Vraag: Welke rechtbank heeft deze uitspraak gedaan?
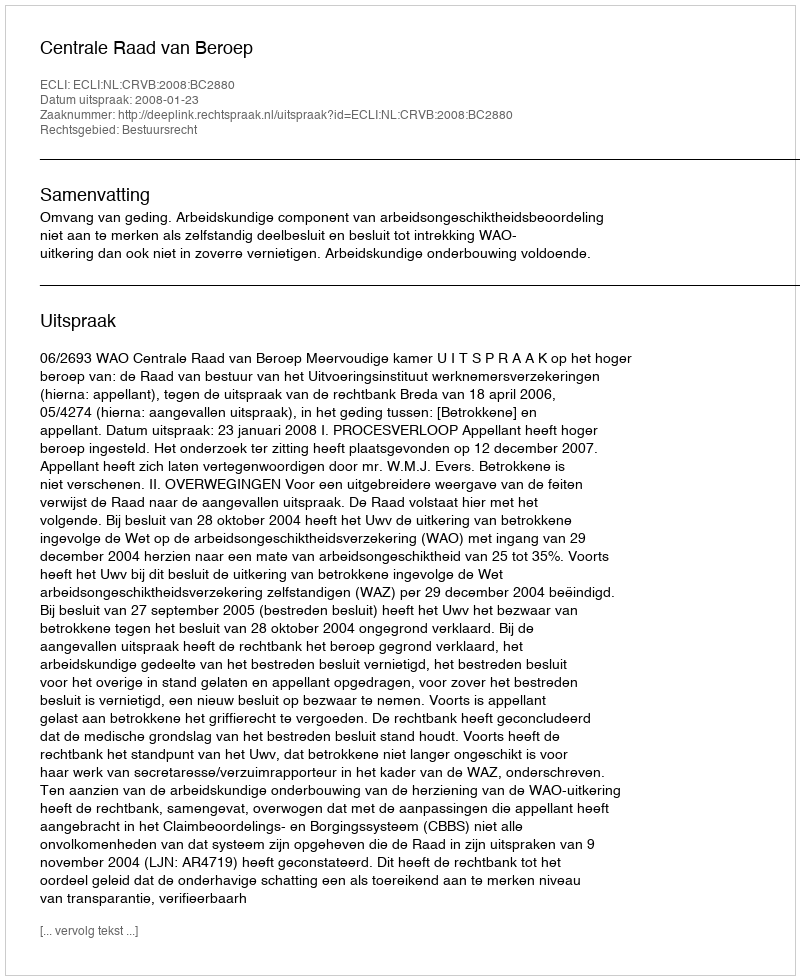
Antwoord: Centrale Raad van Beroep